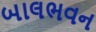
બાલભવન